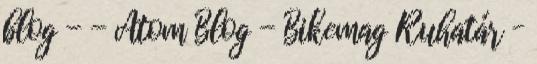
blog - - Atom Blog - Bikemag Ruhatár –